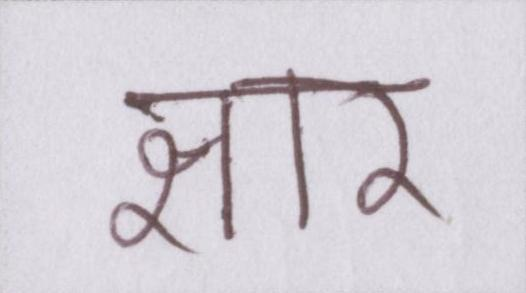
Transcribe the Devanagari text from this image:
क्षार